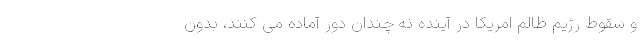
و سقوط رژیم ظالم امریکا در آینده نه چندان دور آماده می کنند، بدون